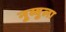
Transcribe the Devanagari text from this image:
नुव्वुला